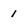
Character: 1